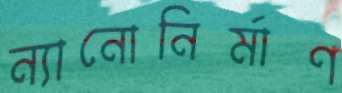
ন্যানোনির্মাণ